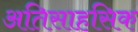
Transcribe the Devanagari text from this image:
अतिसाहसिक